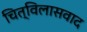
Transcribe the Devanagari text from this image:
चित्विलासवाद